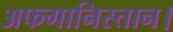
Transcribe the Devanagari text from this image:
अफगानिस्तान।